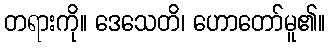
တရားကို။ ဒေသေတိ၊ ဟောတော်မူ၏။